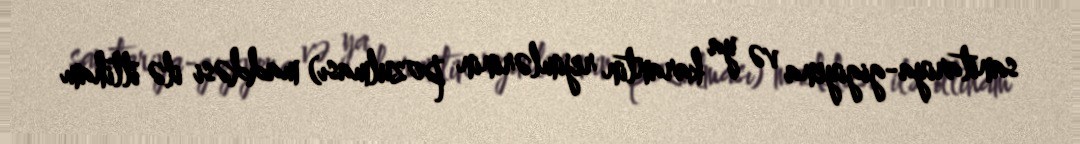
sanitariya-gigiyena və ya karantin rejimlərinin pozulması) maddəsi ilə ittiham